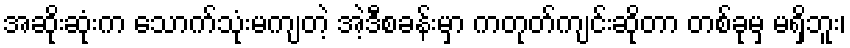
အဆိုးဆုံးက သောက်သုံးမကျတဲ့ အဲ့ဒီစခန်းမှာ ကတုတ်ကျင်းဆိုတာ တစ်ခုမှ မရှိဘူး၊